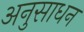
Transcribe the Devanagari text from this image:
अनुसाधन